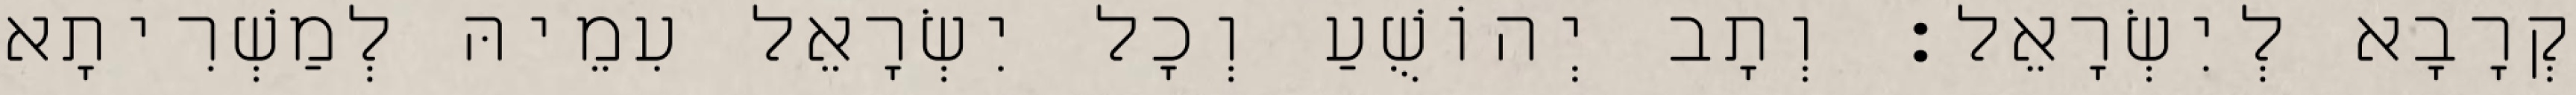
קְרָבָא לְיִשְׂרָאֵל׃ וְתָב יְהוֹשֻׁעַ וְכָל יִשְׂרָאֵל עִמֵיהּ לְמַשְׁרִיתָא